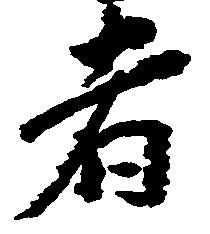
者